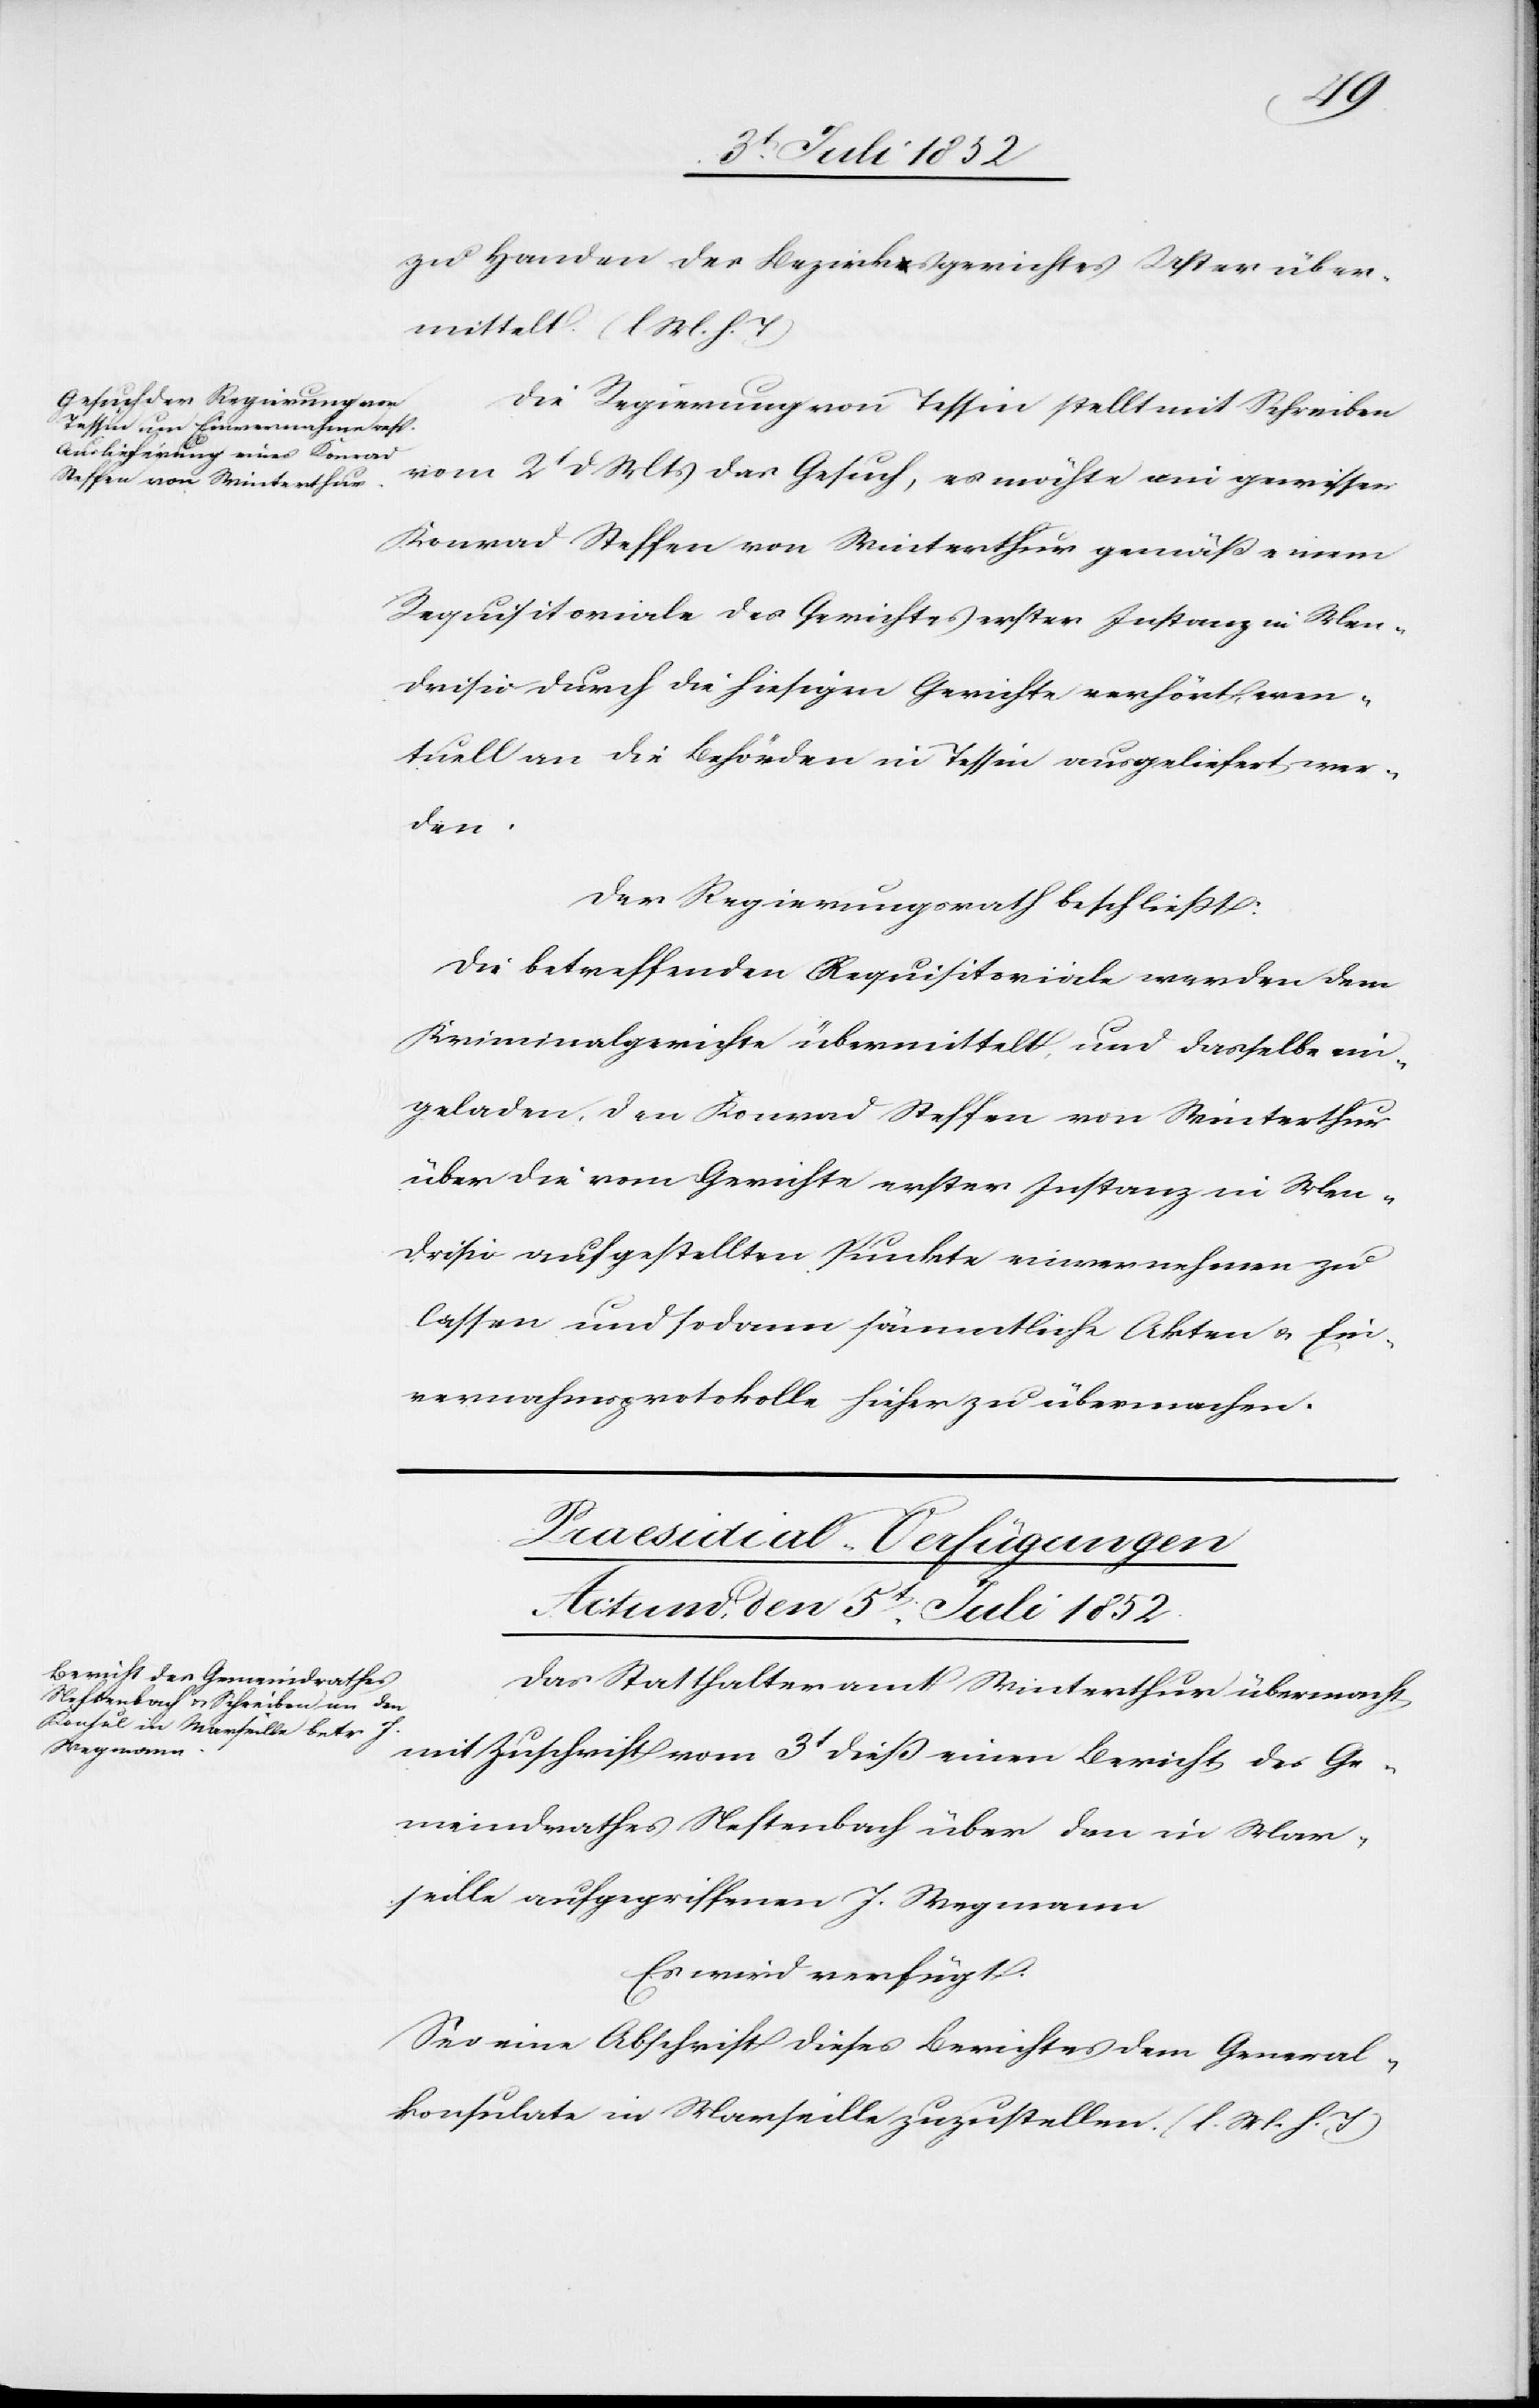
zu Handen des Bezirksgerichtes Uster über¬
mittelt. (l M. h. T)
Die Regierung von Tessin stellt mit Schreiben
vom 2t d Mts das Gesuch, es möchte ein gewisser
Konrad Steffen von Winterthur gemäß einem
Requisitoriale des Gerichtes erster Instanz in Men¬
drisio durch die hiesigen Gerichte verhört, even¬
tuell an die Behörden in Tessin ausgeliefert wer¬
den.
Der Regierungsrath beschließt:
Die betreffenden Requisitoriale werden dem
Kriminalgerichte übermittelt, und dasselbe ein¬
geladen, den Konrad Steffen von Winterthur
über die vom Gerichte erster Instanz in Men¬
drisio aufgestellten Punkte einvernehmen zu
lassen und sodann sämmtliche Akten & Ein¬
vernahmsprotokolle hieher zu übermachen.
Praesidial-Verfügungen
Actum, den 5t. Juli 1852.
Das Statthalteramt Winterthur übermacht
mit Zuschrift vom 3t dieß einen Bericht des Ge¬
meindrathes Neftenbach über den in Mar¬
seille aufgegriffenen J. Wegmann
Es wird verfügt.
Sei eine Abschrift dieses Berichtes dem General¬
konsulate in Marseille zuzustellen. (l. M. h. T)